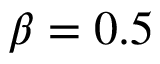
\beta = 0 . 5